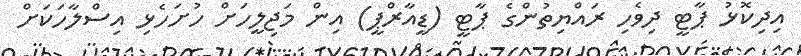
އިދިކޮޅު ޕާޓީ ދިވެހި ރައްޔިތުންގެ ޕާޓީ (ޑީއާރްޕީ) އިން މަޖިލީހަށް ހުށަހެޅި އިސްލާހަކަށް